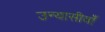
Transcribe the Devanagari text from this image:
उन्यासीवाँ